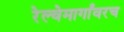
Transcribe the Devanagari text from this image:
रेल्वेमार्गांवरच